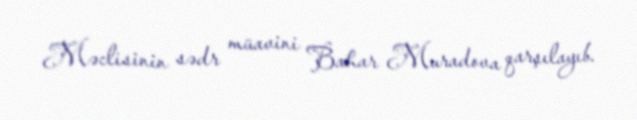
Məclisinin sədr müavini Bahar Muradova qarşılayıb.